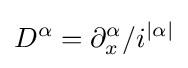
D^{\alpha }=\partial _{x}^{\alpha }/i^{|\alpha |}